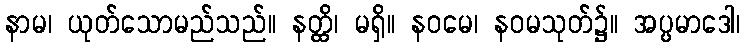
နာမ၊ ယုတ်သောမည်သည်။ နတ္ထိ၊ မရှိ။ နဝမေ၊ နဝမသုတ်၌။ အပ္ပမာဒေါ၊